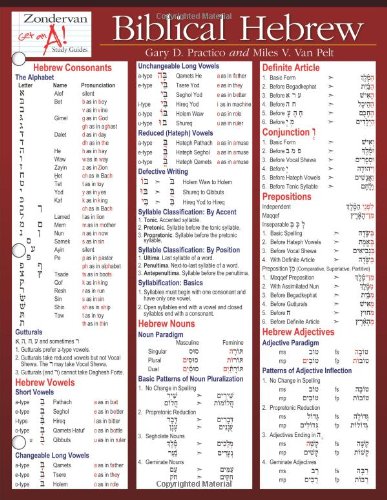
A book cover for Biblical Hebrew Laminated Sheet (Zondervan Get an A! Study Guides); Gary D. Pratico; Christian Books & Bibles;